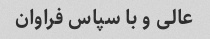
عالی و با سپاس فراوان